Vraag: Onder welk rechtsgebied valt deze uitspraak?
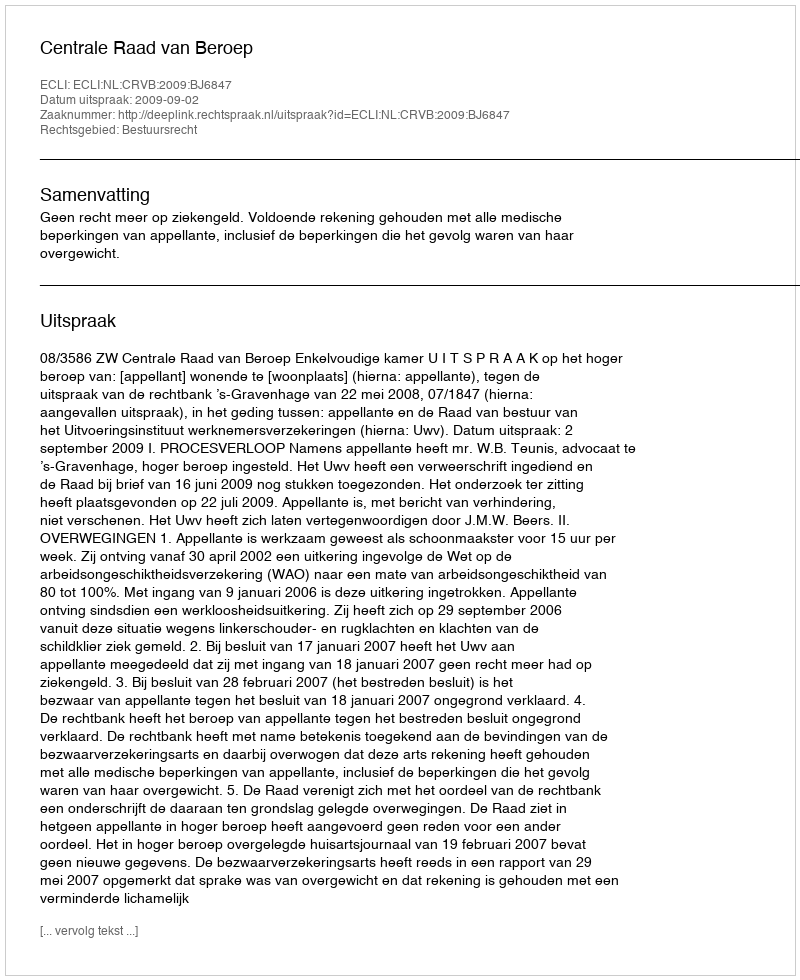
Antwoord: Bestuursrecht